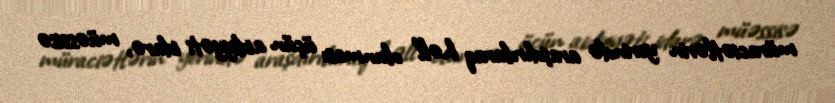
müraciətlərin yerində araşdırılaraq həll olunması üçün aidiyyəti idarə, müəssisə